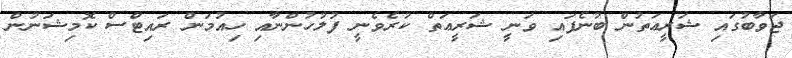
ޖަވާބުގައި ޝަރީޢަތުން ބުނެފައި ވަނީ ޝަރީޢަތް ކުރެވެނީ ފުލުހުންނާއި ހިއުމަން ރައިޓްސް ކޮމިޝަނުން